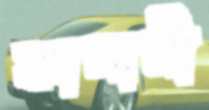
কালামী